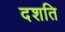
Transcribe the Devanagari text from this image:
दशति